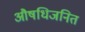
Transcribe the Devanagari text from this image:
औषधिजनित